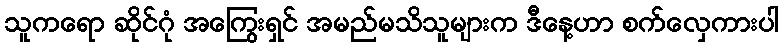
သူကရော ဆိုင်ဂုံ အကြွေးရှင် အမည်မသိသူများက ဒီနေ့ဟာ စက်လှေကားပါ